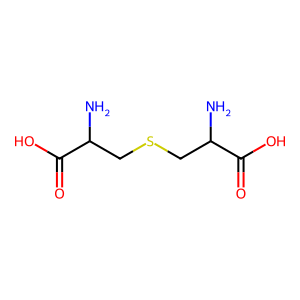
SMILES: NC(CSCC(N)C(=O)O)C(=O)O
Inhibits HIV replication: No